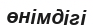
өнімдігі